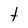
Character: t